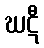
ဃဋီ